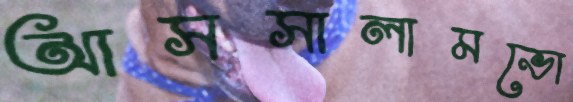
আসসালামভো